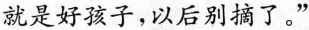
就是好孩子，以后别摘了。”